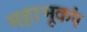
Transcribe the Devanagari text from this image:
महाभूकंप